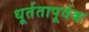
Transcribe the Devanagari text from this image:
धूर्ततापूर्वक